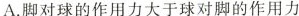
A.脚对球的作用力大于球对脚的作用力